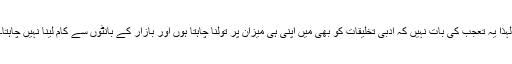
لہٰذا یہ تعجب کی بات نہیں کہ ادبی تخلیقات کو بھی میں اپنی ہی میزان پر تولنا چاہتا ہوں اور بازار کے بانٹوں سے کام لینا نہیں چاہتا۔